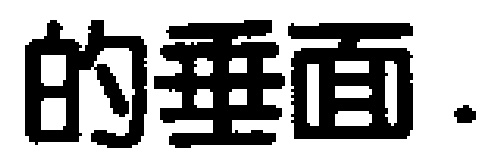
的垂面.